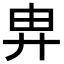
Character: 𢍁